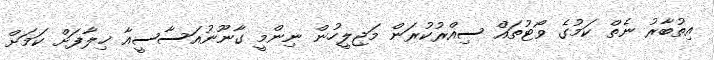
އިތުބާރު ނެތް ކަމުގެ ވޯޓުތައް ސިއްރުކުރަން މަޖިލީހުން ނިންމީ ގާނޫނުއަސާސީއާ ޚިލާފަށް ކަމަށް